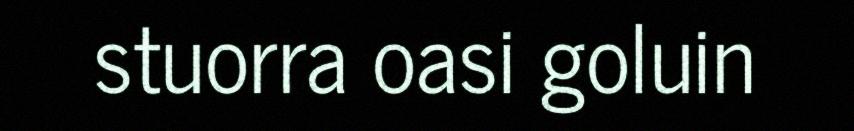
stuorra oasi goluin